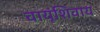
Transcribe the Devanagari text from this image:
वायूंशिवाय